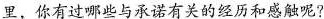
里，你有过哪些与承诺有关的经历和感触呢?